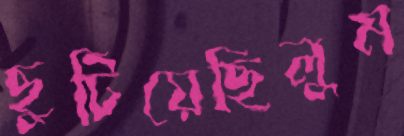
ছুটিয়েছিলুম